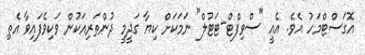
އޮގަސްޓްމަހު އެވެ. އެއީ "ސްވިފްޓް-ޓަޓުލް" ނަމަކަށް ކިޔާ ގަދީމީ ދުންތަރިއަކުން ވަކިވެފައިވާ އެތި